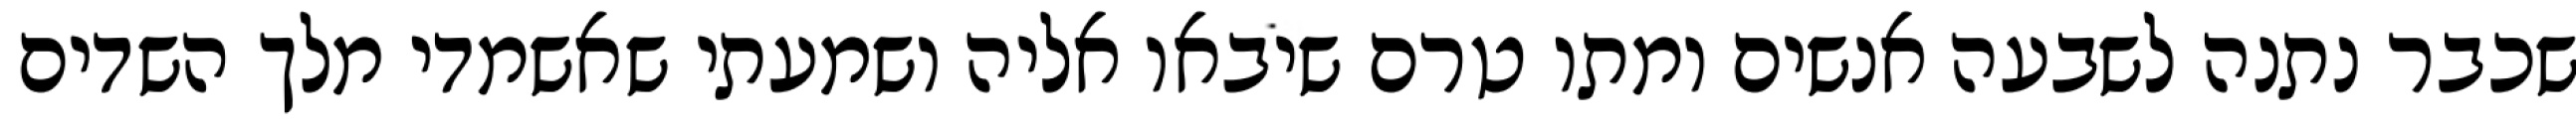
שכבר נתנה לשבעה אנשים ומתו טרם שיבאו אליה ושמעתי שאשמדי מלך השדים